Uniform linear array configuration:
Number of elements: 16
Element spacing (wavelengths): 0.25
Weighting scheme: exponential
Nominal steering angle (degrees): -15
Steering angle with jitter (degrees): -15.598
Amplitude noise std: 0.05
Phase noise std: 0.05

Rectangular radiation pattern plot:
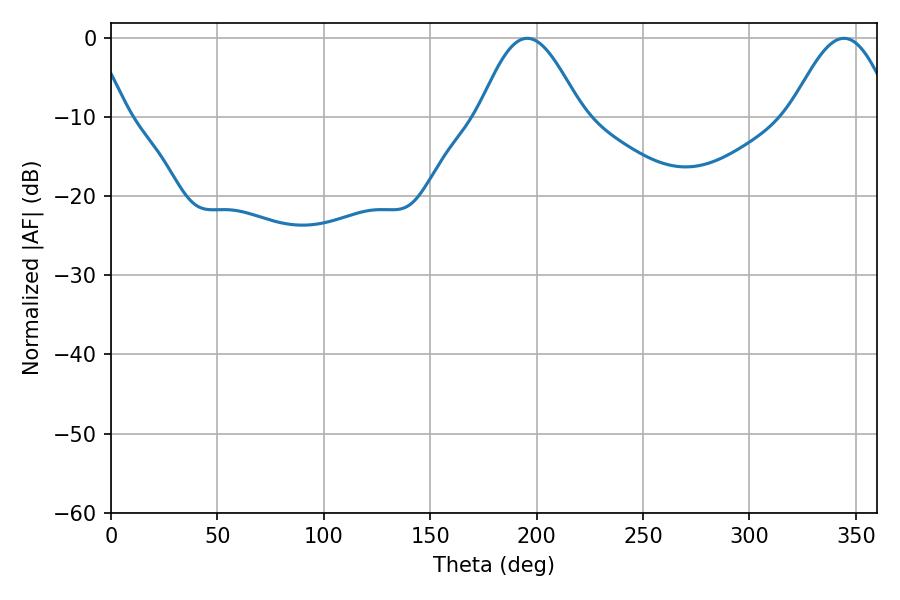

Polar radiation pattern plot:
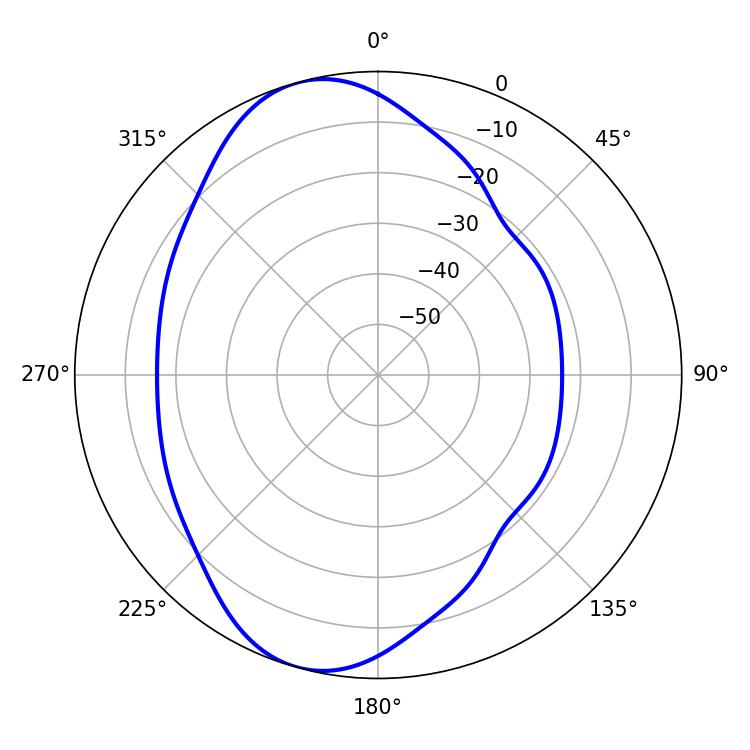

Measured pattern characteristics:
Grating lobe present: FALSE
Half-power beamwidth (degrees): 25.92
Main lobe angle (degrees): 195.66